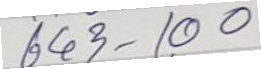
643 - 100